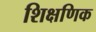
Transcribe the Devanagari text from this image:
शिक्षणिक